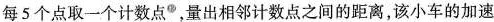
每5个点取一个计数点，量出相邻计数点之间的距离，该小车的加速